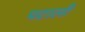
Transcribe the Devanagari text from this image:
पटाली